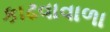
કાઢવાવાળા